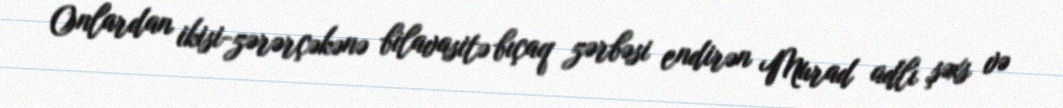
Onlardan ikisi-zərərçəkənə bilavasitə bıçaq zərbəsi endirən Murad adlı şəxs və